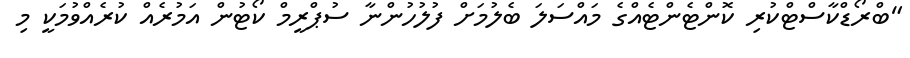
"ބްރޯޑްކާސްޓްކުރި ކޮންޓެންޓެއްގެ މައްސަލަ ބެލުމަށް ފުލުހުންނާ ސުޕްރީމް ކޯޓުން އަމުރެއް ކުރެއްވުމަކީ މި